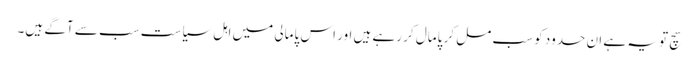
سچ تو یہ ہے ان حدود کو سب مل کر پامال کر رہے ہیں اور اس پامالی میں اہل سیاست سب سے آگے ہیں۔